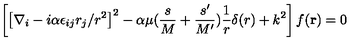
\left[ \left[ \nabla _ { i } - i \alpha \epsilon _ { i j } r _ { j } / r ^ { 2 } \right] ^ { 2 } - \alpha \mu ( { \frac { s } { M } } + { \frac { s ^ { \prime } } { M ^ { \prime } } } ) { \frac { 1 } { r } } \delta ( r ) + k ^ { 2 } \right] f ( { \bf r } ) = 0